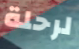
لرحلة